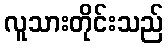
လူသားတိုင်းသည်